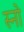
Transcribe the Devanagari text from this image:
स्‍नो